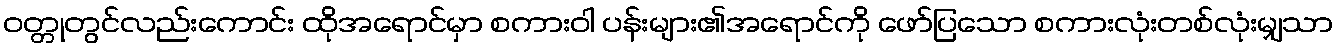
ဝတ္တုတွင်လည်းကောင်း ထိုအရောင်မှာ စကားဝါ ပန်းများ၏အရောင်ကို ဖော်ပြသော စကားလုံးတစ်လုံးမျှသာ